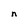
Character: n